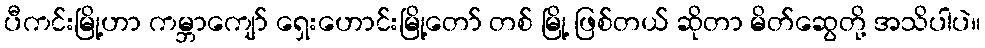
ပီကင်းမြို့ဟာ ကမ္ဘာကျော် ရှေးဟောင်းမြို့တော် တစ် မြို့ ဖြစ်တယ် ဆိုတာ မိတ်ဆွေတို့ အသိပါပဲ။